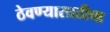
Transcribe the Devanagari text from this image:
ठेवण्यासाठीचा